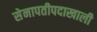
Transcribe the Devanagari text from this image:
सेनापतीपदाखाली